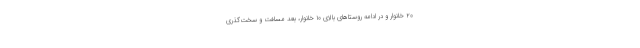
۲۰ خانوار و در ادامه روستا‌های بالای ۱۰ خانوار، بعد مسافت و سخت‌گذری